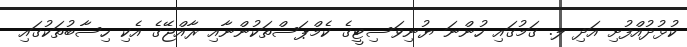
ކުޅުދުއްފުށި އަދި ލ. ގަމުގައި ހުންނަ ޔުނިވަސިޓީގެ ކެމްޕަސްތަކުންނާއި ރާއްޖޭގެ އެކި ހިސާބުތަކުގައި